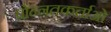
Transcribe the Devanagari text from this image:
प्रोन्नतकर्ताओं